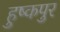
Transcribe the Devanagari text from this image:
हुष्कपुर